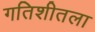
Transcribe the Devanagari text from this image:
गतिशीतला